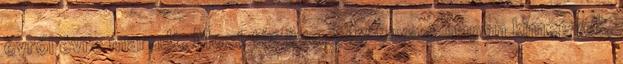
évről évre maradt. Most tíz éve, egy tavasznapon kimegyek,